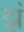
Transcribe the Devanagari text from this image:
झं